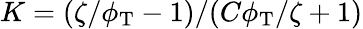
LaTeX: K=(\zeta/\phi_{\mathrm{T}}-1)/(C\phi_{\mathrm{T}}/\zeta+1)